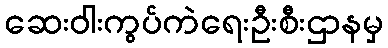
ဆေးဝါးကွပ်ကဲရေးဦးစီးဌာနမှ